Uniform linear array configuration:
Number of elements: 16
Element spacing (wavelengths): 0.5
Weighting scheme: binomial
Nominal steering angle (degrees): -15
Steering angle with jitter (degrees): -15.108
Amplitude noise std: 0.05
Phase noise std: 0.05

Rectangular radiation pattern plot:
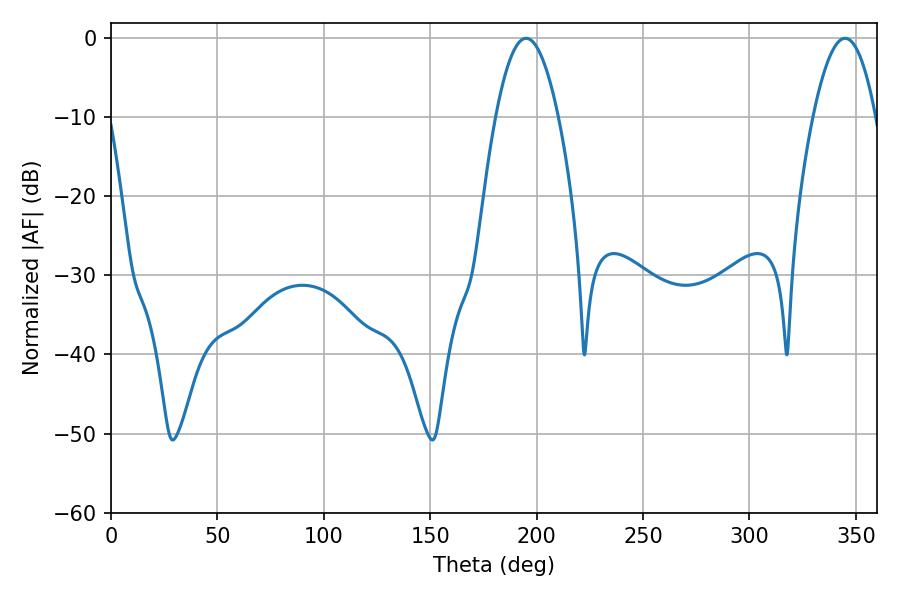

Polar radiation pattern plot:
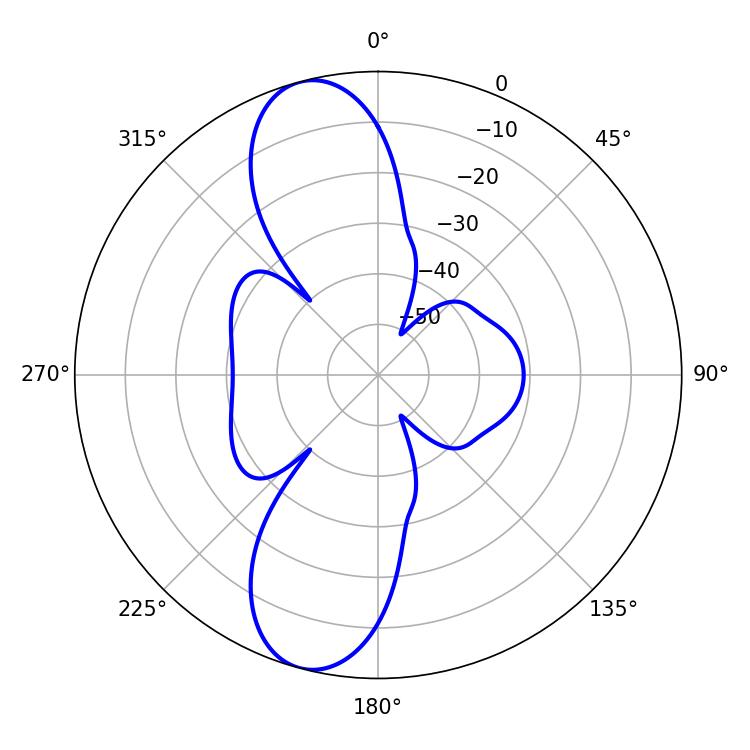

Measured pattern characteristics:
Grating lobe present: FALSE
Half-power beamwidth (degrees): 16.02
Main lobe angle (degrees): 195.12